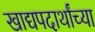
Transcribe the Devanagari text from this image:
खाद्यपदार्थांच्या